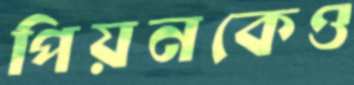
পিয়নকেও